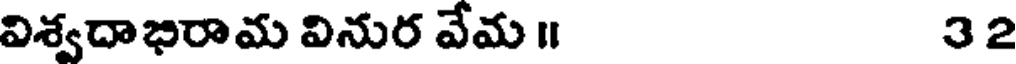
విశ్వదాభిరామ వినుర వేమ ॥ 32